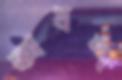
অযশ